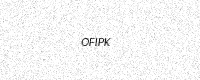
Text: OFIPK